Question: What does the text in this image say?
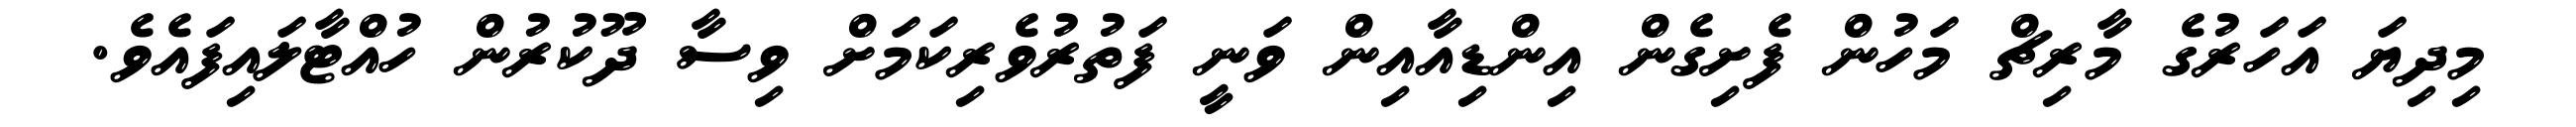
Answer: މިދިޔަ އަހަރުގެ މާރިޗް މަހުން ފެށިގެން އިންޑިއާއިން ވަނީ ފަތުރުވެރިކަމަށް ވިސާ ދޫކުރުން ހުއްޓާލައިފައެވެ.